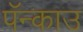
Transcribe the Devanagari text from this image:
पॅन्काउ